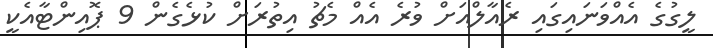
ލީގުގެ އެއްވަނައިގައި ރެއާލްއަށް ވުރެ އެއް މެޗު އިތުރަށް ކުޅެގެން 9 ޕޮއިންޓާއެކީ